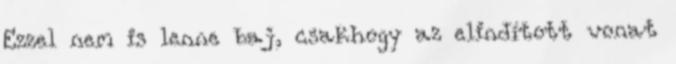
Ezzel nem is lenne baj, csakhogy az elindított vonat